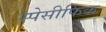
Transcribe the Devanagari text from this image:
स्पेसीफिक